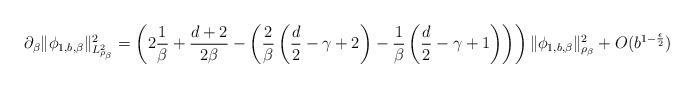
LaTeX: \begin{align*} \partial_\beta \| \phi_{1, b, \beta} \|^{2}_{L^2_{\rho_\beta}}=\left(2\frac{1}{\beta}+\frac{d+2}{2\beta}- \left( \frac{2}{\beta} \left(\frac{d}{2} -\gamma+2 \right) - \frac{1}{\beta}\left(\frac{d}{2} -\gamma+1 \right) \right) \right) \|\phi_{1, b,\beta}\|_{\rho_\beta}^2+O(b^{1-\frac{\epsilon}{2}}) \end{align*}